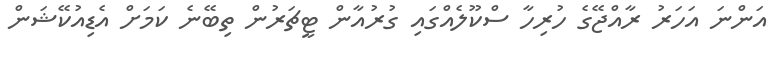
އަންނަ އަހަރު ރާއްޖޭގެ ހުރިހާ ސްކޫލެއްގައި ގުރުއާން ޓީޗަރުން ތިބޭނެ ކަމަށް އެޑިއުކޭޝަން